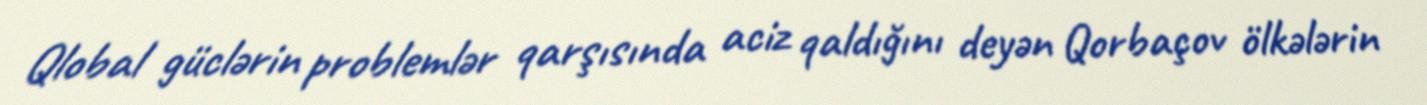
Qlobal güclərin problemlər qarşısında aciz qaldığını deyən Qorbaçov ölkələrin